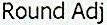
ROUND ADJ